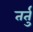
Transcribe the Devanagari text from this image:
तर्तु